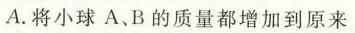
A.将小球A、B的质量都增加到原来